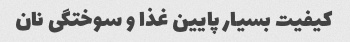
کیفیت بسیار پایین غذا و سوختگی نان